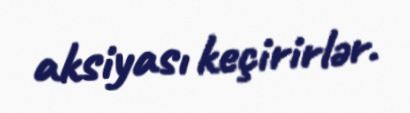
aksiyası keçirirlər.